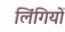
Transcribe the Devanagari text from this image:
लिंगियों